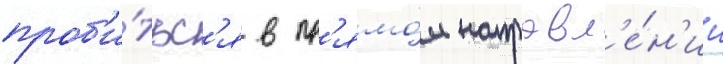
проб'и́тьс'я в пр'ямо́м направл'е́н'ии